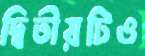
দ্বিতীয়টিও